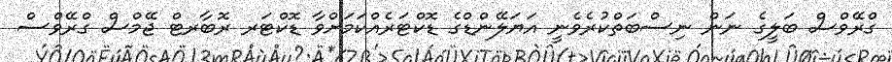
ގްރޭވްސް ބަލީގެ ނަން ނިސްބަތްކުރެވެނީ އަޔަލޭންޑްގެ ޑޮކްޓަރެއްކަމަށްވާ ޑޮކްޓަރ ރޮބާރޓް ޖޭމްސް ގްރޭވްސް